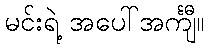
မင်းရဲ့ အပေါ်အင်္ကျီ။